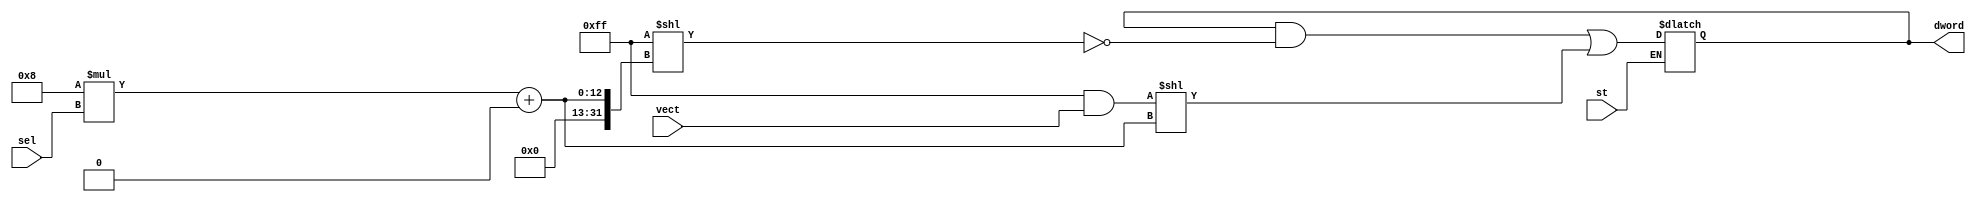
`default_nettype none
module latch_002_gate(dword, vect, sel, st);
   output reg [63:0] dword;
   input wire [7:0]  vect;
   input wire [7:0]  sel;
   input wire 	     st;
   reg [63:0] 	     mask;
   reg [63:0] 	     data;
   always @*
     case (|(st))
       1'b 1:
         begin
            mask  = (8'b 11111111)<<((((8)*(sel)))+(0));
            data  = ((8'b 11111111)&(vect[7:0]))<<((((8)*(sel)))+(0));
            dword <= ((dword)&(~(mask)))|(data);
         end
     endcase
endmodule